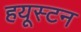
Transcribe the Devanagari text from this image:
हयूस्टन